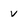
Character: v